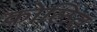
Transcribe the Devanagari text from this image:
कोलित